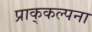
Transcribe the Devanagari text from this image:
प्राक्‌कल्पना